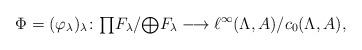
LaTeX: \begin{align*} \Phi=(\varphi_\lambda)_\lambda\colon \textstyle{\prod} F_\lambda/\textstyle{\bigoplus} F_\lambda &\longrightarrow \ell^\infty (\Lambda,A)/c_0(\Lambda, A), \end{align*}